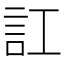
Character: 訌